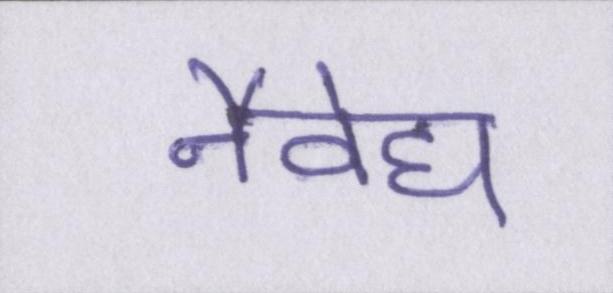
नैवेद्य